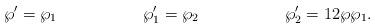
LaTeX: \begin{align*} \wp' &= \wp_1 & \wp_1'&=\wp_2 & \wp_2' &= 12\wp\wp_1.\end{align*}